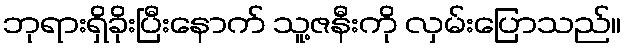
ဘုရားရှိခိုးပြီးနောက် သူ့ဇနီးကို လှမ်းပြောသည်။